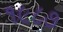
૧૯૮૭